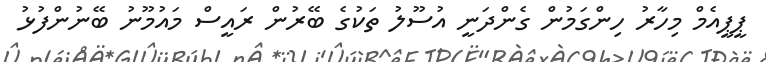
ޕީޕީއެމް މިހާރު ހިންގަމުން ގެންދަނީ އުސޫލު ތަކުގެ ބޭރުން ރައީސް މައުމޫނު ބޭނުންފުޅު